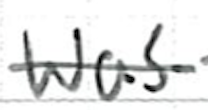
Text: was
Cross-out: single-line
Writing tool: ballpoint